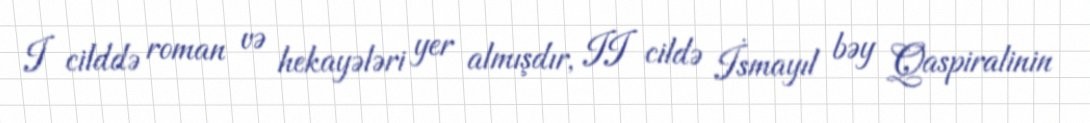
I cilddə roman və hekayələri yer almışdır, II cildə İsmayıl bəy Qaspiralinin